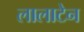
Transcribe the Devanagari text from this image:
लालाटेन